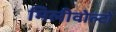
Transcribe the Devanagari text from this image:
मिलीवोल्टों